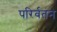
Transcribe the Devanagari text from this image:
परिर्वतंन